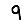
Digit: 9